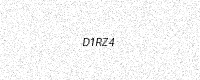
Text: D1RZ4